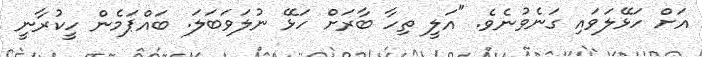
އަށް ހަޅޭލަވައި ގަނެވުނެވެ. "އަލީ ތިހާ ބާރަށް ހަޅޭ ނުލަވަބަލަ. ބައްޕަމެން ހީކުރާނީ